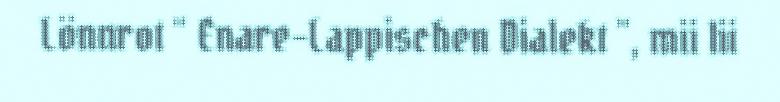
Lönnrot “ Enare-Lappischen Dialekt ", mii lii